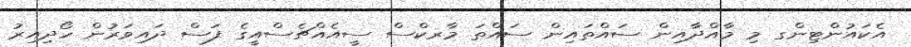
އެކައުންޓިންގ މި މާއްދާއިން ސައްތައިން ސައްތަ މާރކްސް ސީއެއްޗެސްއީގެ ފަސް ދައިވަރުން ހޯދިއިރު